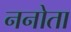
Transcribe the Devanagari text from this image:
ननोता